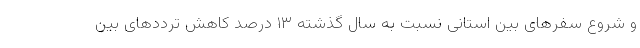
و شروع سفرهای بین استانی نسبت به سال گذشته ۱۳ درصد کاهش ترددهای بین